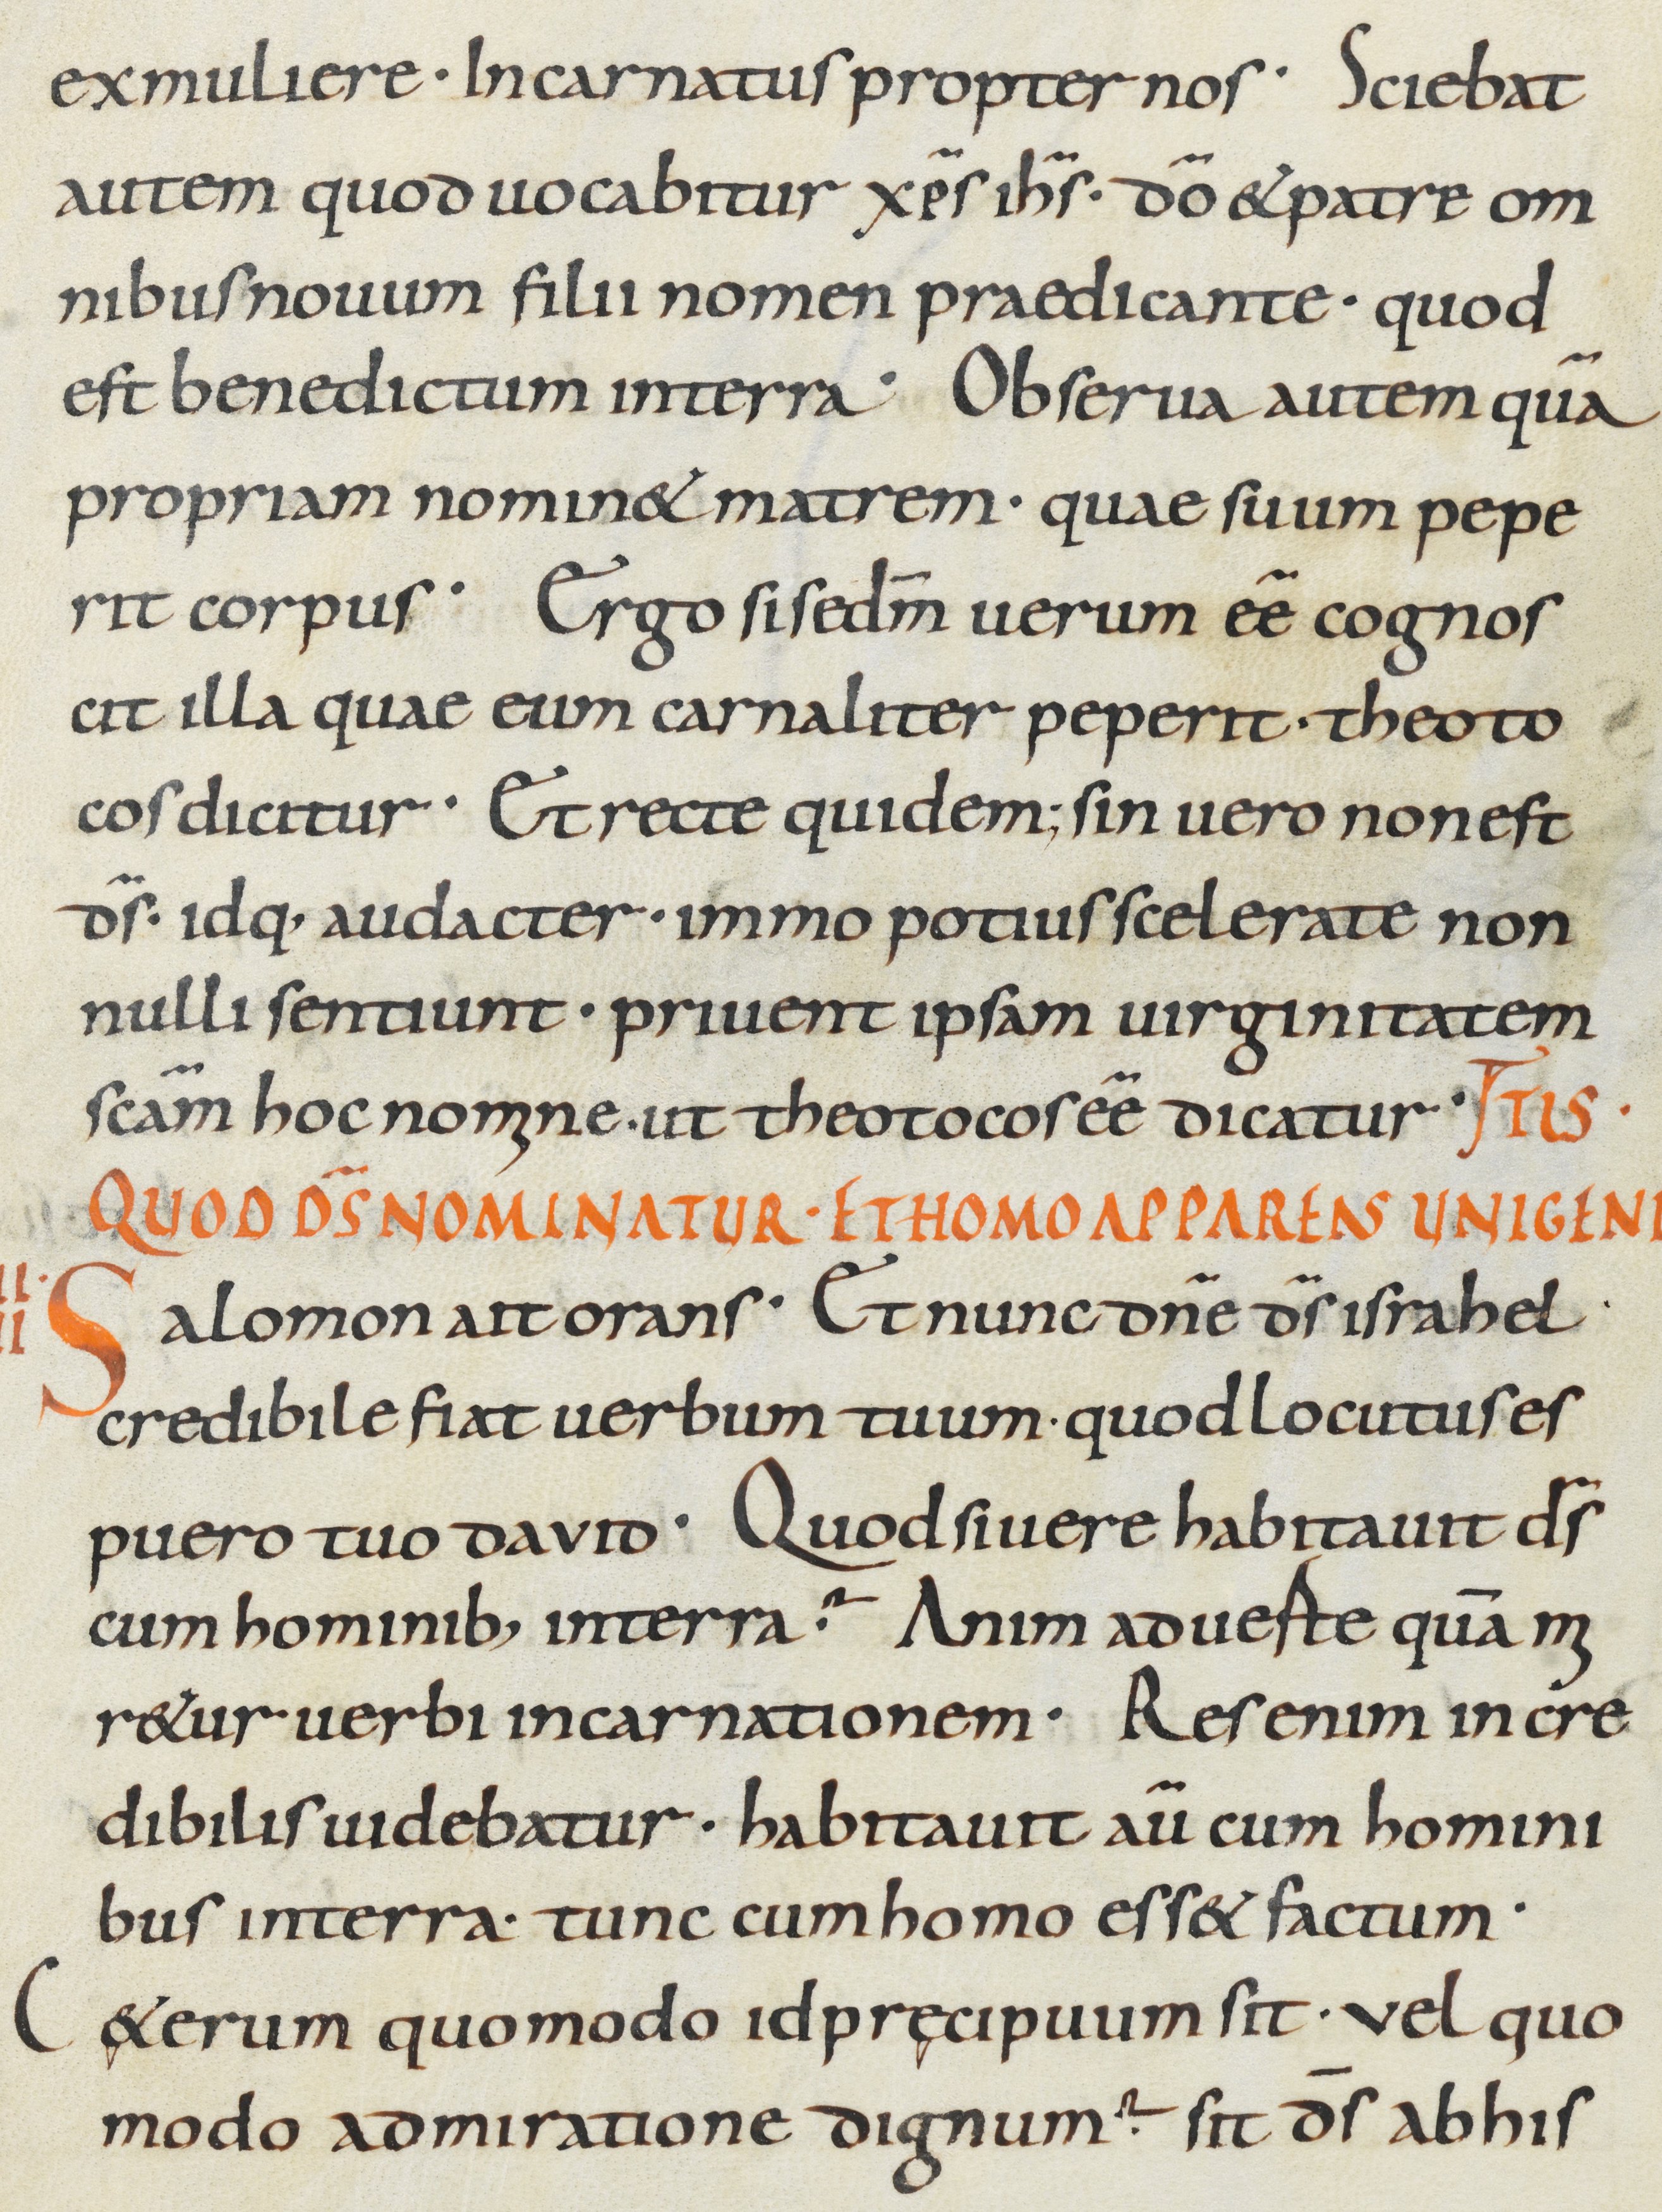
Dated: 800–899